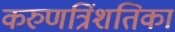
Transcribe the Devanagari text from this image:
करुणत्रिंशतिका